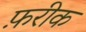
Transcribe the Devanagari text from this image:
फ़रीक